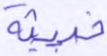
خبيثة